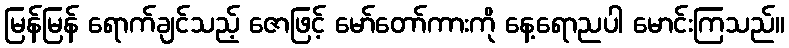
မြန်မြန် ရောက်ချင်သည့် ဇောဖြင့် မော်တော်ကားကို နေ့ရောညပါ မောင်းကြသည်။